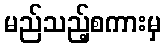
မည်သည့်စကားမှ